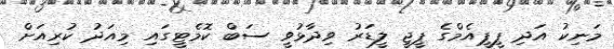
މަނިކު އަދި ޕީޕީއެމްގެ ޕީޖީ ލީޑަރު ވިދާޅުވީ ސަބް ކޮމެޓީގައި މިއަދު ކުރިއަށް